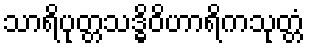
သာရိပုတ္တသဒ္ဓိဝိဟာရိကသုတ္တံ